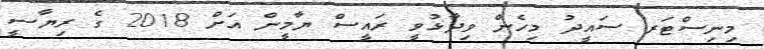
މިނިސްޓަރ ސައީދު މިހެން ވިދާޅުވީ ރައީސް ޔާމީން އަށް 2018 ގެ ރިޔާސީ